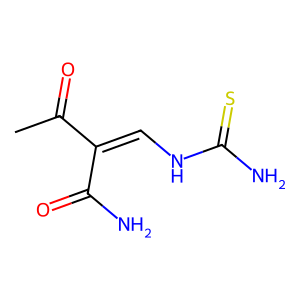
SMILES: CC(=O)C(=CNC(N)=S)C(N)=O
Inhibits HIV replication: No